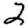
Digit: 2